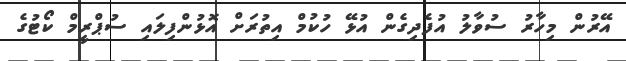
އޭރުން މިހާރު ސުވާލު އުފެދިގެން އުޅޭ ހުކުމް އިތުރަށް އޮޅުންފިލައި ސުޕްރީމް ކޯޓުގެ